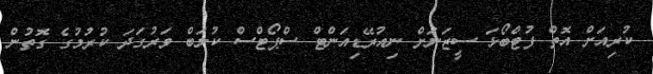
ކުރިއަށް އޮތް ފުޓްބޯޅަ ސީޒަނަށް ނިއުރޭޑިއަންޓް ސްޕޯޓްސް ކުލަބް ވަރުގަދަ ކުރުމުގެ ގޮތުން